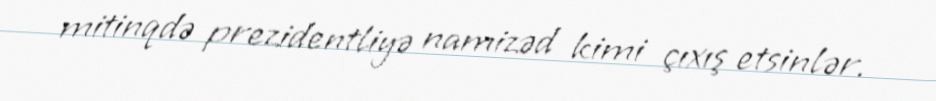
mitinqdə prezidentliyə namizəd kimi çıxış etsinlər.